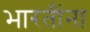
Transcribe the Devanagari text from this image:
भारतींना